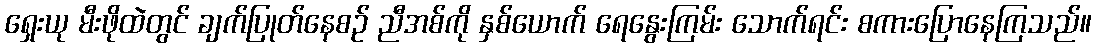
ရှေးယု မီးဖိုထဲတွင် ချက်ပြုတ်နေစဉ် ညီအစ်ကို နှစ်ယောက် ရေနွေးကြမ်း သောက်ရင်း စကားပြောနေကြသည်။